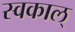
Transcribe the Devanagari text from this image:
स्वकाल्